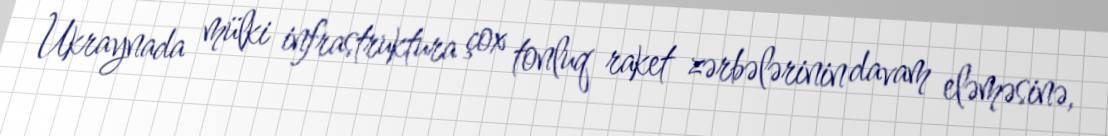
Ukraynada mülki infrastruktura çox tonluq raket zərbələrinin davam eləməsinə,